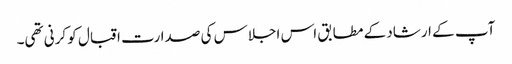
آپ کے ارشاد کے مطابق اس اجلاس کی صدارت اقبال کو کرنی تھی۔